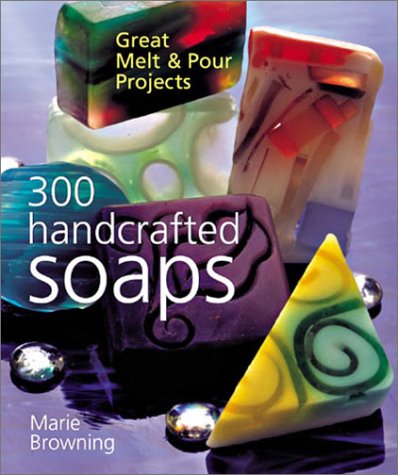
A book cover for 300 Handcrafted Soaps: Great Melt & Pour Projects; Marie Browning; Crafts, Hobbies & Home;